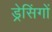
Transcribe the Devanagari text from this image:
ड्रेसिंगों